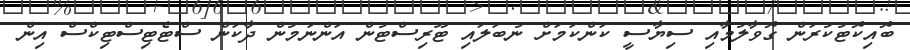
ބޮއިކޮޓުކުރަން ގޮވާލުމާއި ސިޔާސީ ކަންކަމަށް ނުބަލައި ޓޫރިސްޓުން އަންނަމުން ދާކަން ސްޓެޓިސްޓިކްސް އިން